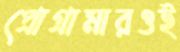
প্রোগ্রামারওই